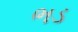
ભડ